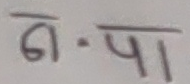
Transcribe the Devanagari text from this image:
ग.पा